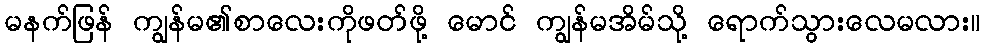
မနက်ဖြန် ကျွန်မ၏စာလေးကိုဖတ်ဖို့ မောင် ကျွန်မအိမ်သို့ ရောက်သွားလေမလား။